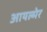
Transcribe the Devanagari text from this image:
आयल्मेर